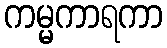
ကမ္မကာရကာ